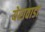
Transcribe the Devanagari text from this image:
येरावाडा